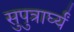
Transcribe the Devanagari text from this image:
सुपुत्रार्घ्यं